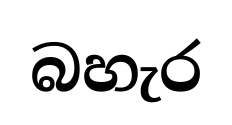
බහැර